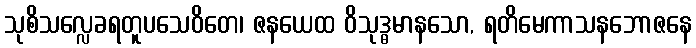
သုစိသလ္လေခရတူပသေဝိတေ၊ ဇနယေထ ဝိသုဒ္ဓမာနသော, ရတိမေကာသနဘောဇနေ